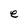
Character: e